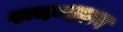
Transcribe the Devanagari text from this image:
पन्नग्नालय